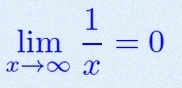
\lim_{x\to\infty}\frac{1}{x}=0